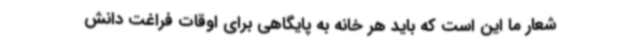
شعار ما این است که باید هر خانه به پایگاهی برای اوقات فراغت دانش